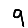
Digit: 9